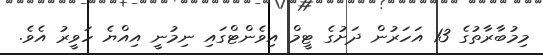
މިމުބާރާތުގެ 13 އަހަރުން ދަށުގެ ޓީމް އިވެންޓްގައި ނިމުނީ އިއްޔެ ހަވީރު އެވެ.